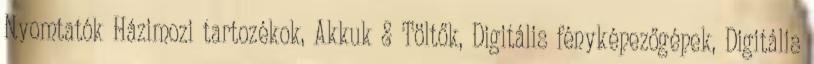
Nyomtatók Házimozi tartozékok, Akkuk & Töltők, Digitális fényképezőgépek, Digitális